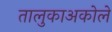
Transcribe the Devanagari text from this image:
तालुकाअकोले